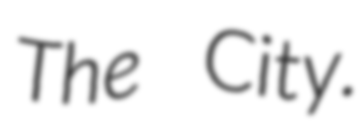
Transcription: The City.